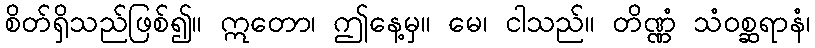
စိတ်ရှိသည်ဖြစ်၍။ ဣတော၊ ဤနေ့မှ။ မေ၊ ငါသည်။ တိဏ္ဏံ သံဝစ္ဆရာနံ၊